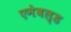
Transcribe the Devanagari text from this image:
एनेबल्‍ड